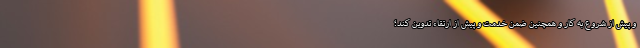
و پیش از شروع به کار و همچنین ضمن خدمت و پیش از ارتقاء تدوین کند؛